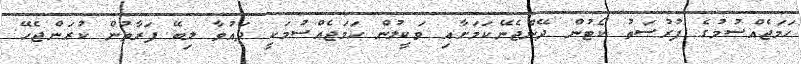
ހަމަޖެއްސުމުގެ ފުރުސަތު ކޯޓުން ދޭންޖެނޭކަމަށާއި ވަކީލުން ހަމަޖެއްސުމަކީ ދައުވާ ލިބޭ ފަރާތުން ކުރަންޖެހޭ